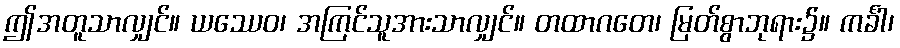
ဤအတူသာလျှင်။ ယဿေဝ၊ အကြင်သူအားသာလျှင်။ တထာဂတေ၊ မြတ်စွာဘုရား၌။ ကင်္ခါ၊